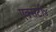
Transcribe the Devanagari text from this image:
एक्सटी४